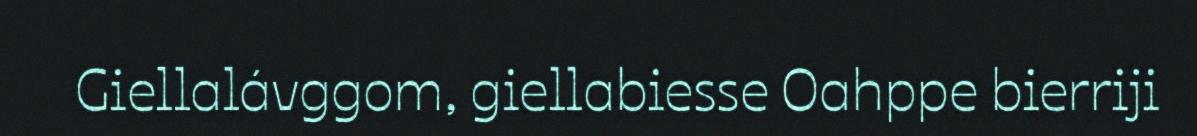
Giellalávggom, giellabiesse Oahppe bierriji